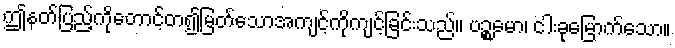
ဤနတ်ပြည့်ကိုတောင့်တ၍မြတ်သောအကျင့်ကိုကျင့်ခြင်းသည်။ ပဉ္စမော၊ ငါးခုမြောက်သော။